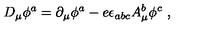
D _ { \mu } \phi ^ { a } = \partial _ { \mu } \phi ^ { a } - e \epsilon _ { a b c } A _ { \mu } ^ { b } \phi ^ { c } \ ,